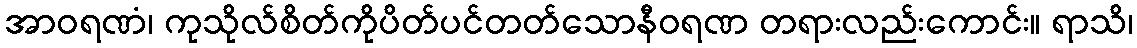
အာဝရဏံ၊ ကုသိုလ်စိတ်ကိုပိတ်ပင်တတ်သောနီဝရဏ တရားလည်းကောင်း။ ရာသိ၊